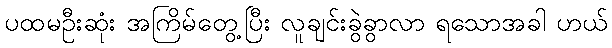
ပထမဦးဆုံး အကြိမ်တွေ့ပြီး လူချင်းခွဲခွာလာ ရသောအခါ ဟယ်